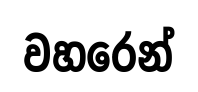
වහරෙන්